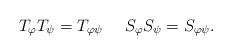
LaTeX: \begin{align*}T_{\varphi}T_{\psi}=T_{\varphi \psi}~~~~S_{\varphi}S_{\psi}=S_{\varphi \psi}.\end{align*}